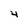
Character: 4